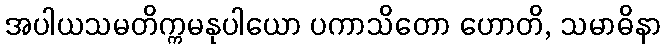
အပါယသမတိက္ကမနုပါယော ပကာသိတော ဟောတိ, သမာဓိနာ